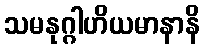
သမနုဂ္ဂါဟိယမာနာနိ